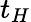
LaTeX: t_{H}